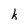
Character: k